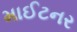
માઈટનર